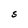
Character: S